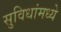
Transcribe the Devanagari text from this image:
सुविधांमध्ये